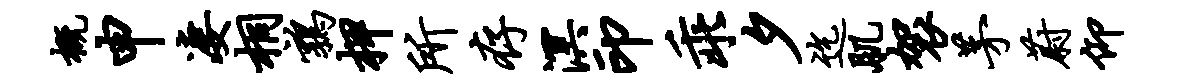
概申凄桐鹑柙所存溟印乖夕迄肌袈茅蔚仰